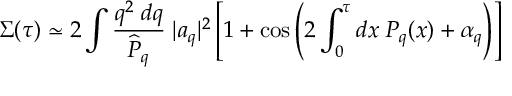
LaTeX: \Sigma ( \tau ) \simeq 2 \int { \frac { q ^ { 2 } \; d q } { \widehat { \cal P } _ { q } } } \; | a _ { q } | ^ { 2 } \left[ 1 + \cos \left( 2 \int _ { 0 } ^ { \tau } d x \; { \cal P } _ { q } ( x ) + \alpha _ { q } \right) \right]